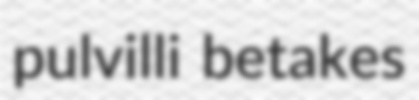
pulvilli betakes